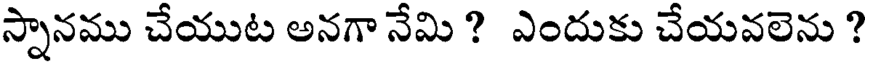
స్నానము చేయుట అనగా నేమి ? ఎందుకు చేయవలెను ?